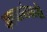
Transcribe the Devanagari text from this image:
अाजारांसाठी